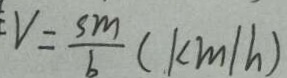
V = \frac { s m } { b } ( k m / h )